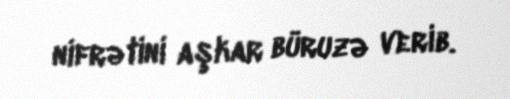
nifrətini aşkar büruzə verib.